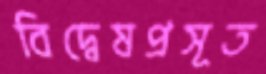
বিদ্বেষপ্রসূত